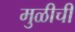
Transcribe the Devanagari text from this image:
मुळीची